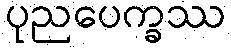
ပုညပေက္ခဿ